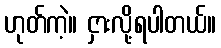
ဟုတ်ကဲ့။ ငှားလို့ရပါတယ်။